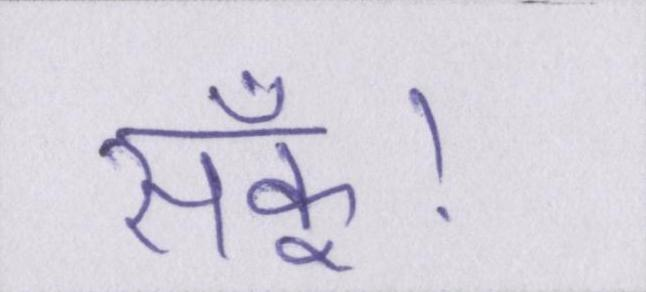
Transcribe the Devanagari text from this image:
सकूँ।